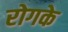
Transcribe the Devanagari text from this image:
रोगके